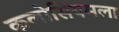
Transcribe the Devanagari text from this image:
कलोसियमला